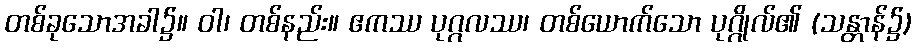
တစ်ခုသောအခါ၌။ ဝါ၊ တစ်နည်း။ ဧကဿ ပုဂ္ဂလဿ၊ တစ်ယောက်သော ပုဂ္ဂိုလ်၏ (သန္တာန်၌)